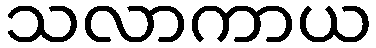
သလာကာယ